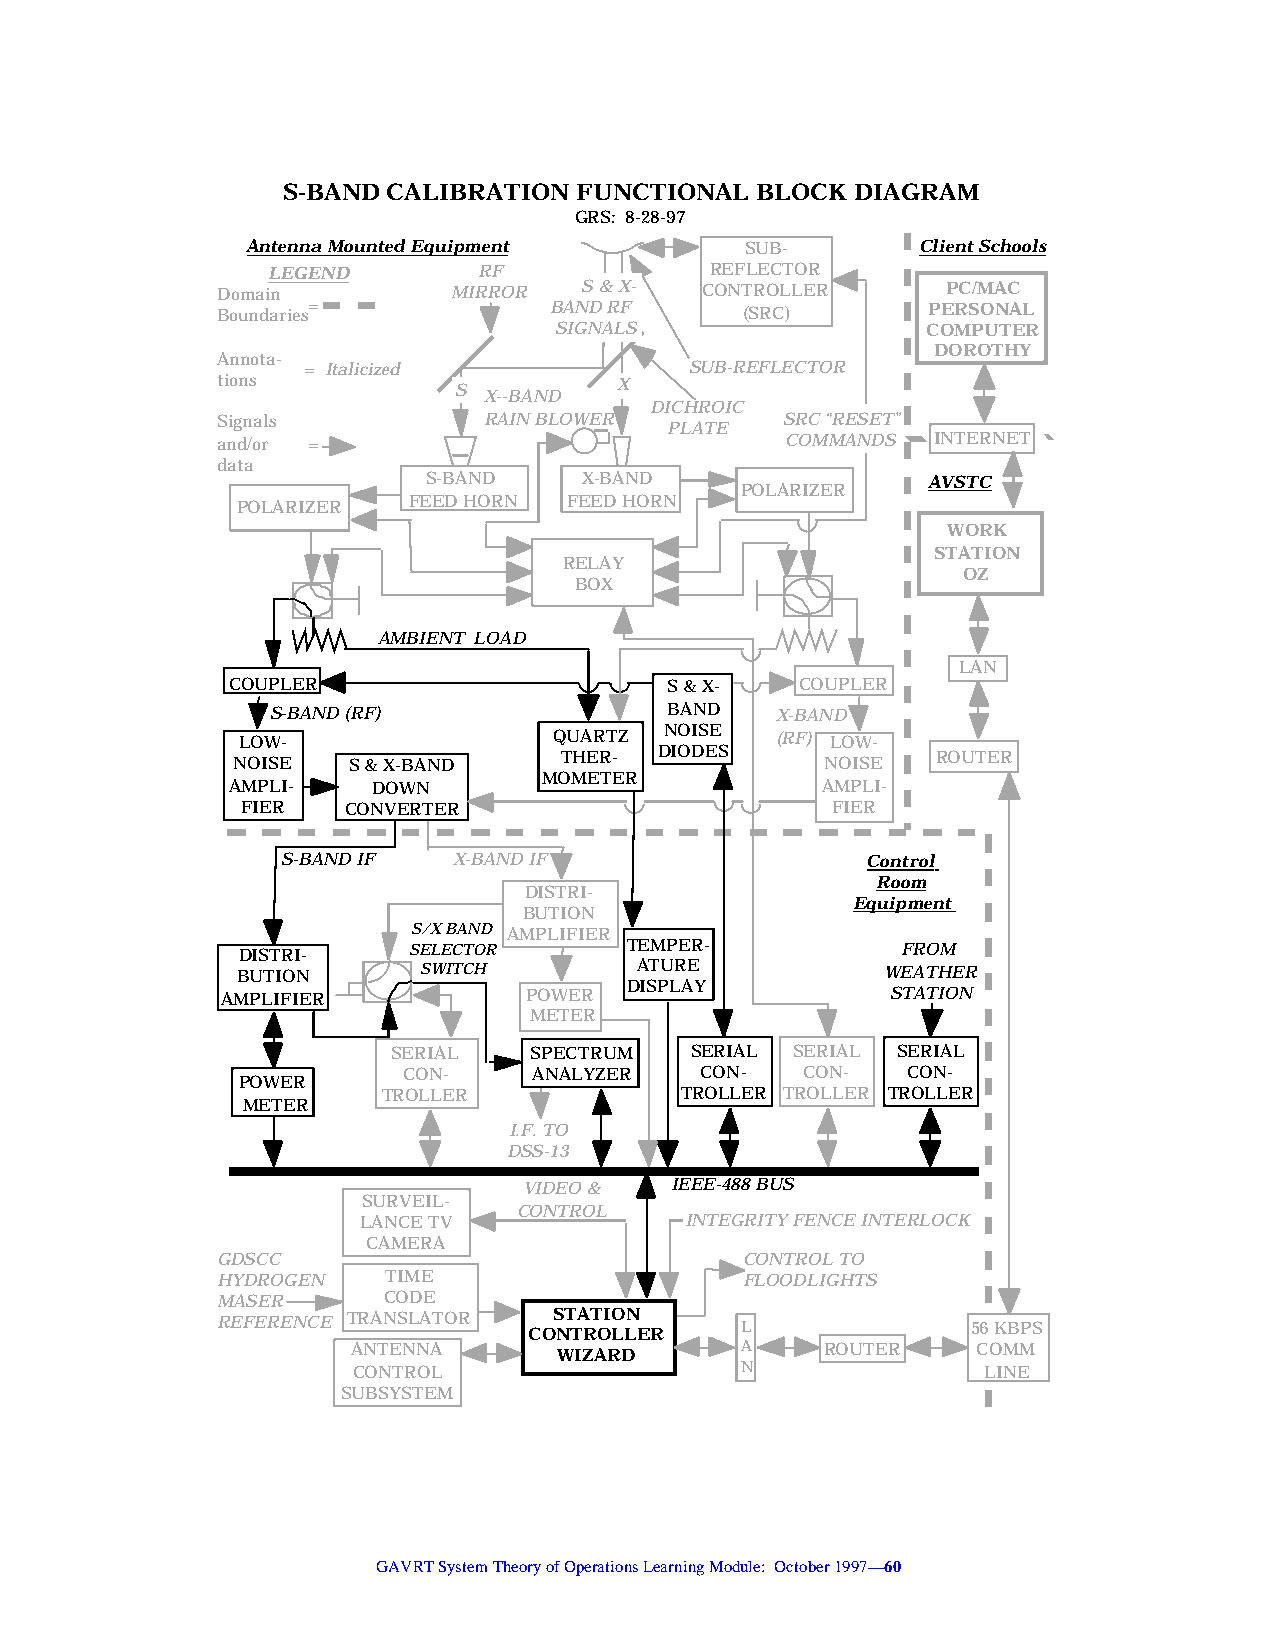
S-BAND CALIBRATION FUNCTIONAL  BLOCK  DIAGRAM
 GRS: 8-28-97
 Antenna Mounted Equipment        SUB-        Client Schools
 LEGEND        RF             REFLECTOR
 Domain          MIRROR  S & X-  CONTROLLER       PC/MAC
 Boundaries=           BAND RF      (SRC)       PERSONAL
 SIGNALS                 COMPUTER
 DOROTHY
 Annota-
 = Italicized              SUB-REFLECTOR
 tions           S X--BAND  X
 DICHROIC
 Signals           RAIN BLOWER PLATE   SRC “RESET”
 and/or =                              COMMANDS  INTERNET
 data
 S-BAND     X-BAND                AVSTC
 POLARIZER
 POLARIZER  FEED HORN  FEED HORN
 WORK
 STATION
 RELAY
 OZ
 BOX
 AMBIENT LOAD
 LAN
 COUPLER                      S & X-   COUPLER
 S-BAND (RF)               BAND   X-BAND
 LOW-                 QUARTZ NOISE  (RF) LOW-
 NOISE   S & X-BAND    THER-  DIODES     NOISE  ROUTER
 MOMETER
 AMPLI-    DOWN                         AMPLI-
 FIER   CONVERTER                       FIER
 S-BAND IF  X-BAND IF                  Control
 Room
 DISTRI-
 Equipment
 BUTION
 S/X BAND AMPLIFIER
 DISTRI-    SELECTOR       TEMPER-           FROM
 BUTION      SWITCH        ATURE            WEATHER
 AMPLIFIER           POWER  DISPLAY          STATION
 METER
 SERIAL   SPECTRUM   SERIAL SERIAL SERIAL
 CON-    ANALYZER   CON-   CON-   CON-
 POWER
 TROLLER             TROLLER TROLLER TROLLER
 METER
 I.F. TO
 DSS-13
 VIDEO &  IEEE-488 BUS
 SURVEIL-
 CONTROL
 LANCE TV             INTEGRITY FENCE INTERLOCK
 CAMERA
 GDSCC                              CONTROL TO
 HYDROGEN    TIME                   FLOODLIGHTS
 MASER      CODE
 REFERENCE TRANSLATOR   STATION
 CONTROLLER    L              56 KBPS
 ANTENNA       WIZARD      A     ROUTER    COMM
 CONTROL                   N               LINE
 SUBSYSTEM
 GAVRT System Theory of Operations Learning Module: October 1997—60